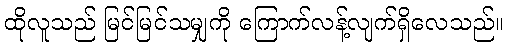
ထိုလူသည် မြင်မြင်သမျှကို ကြောက်လန့်လျက်ရှိလေသည်။